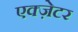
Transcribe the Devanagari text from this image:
एक्ज़ेटर